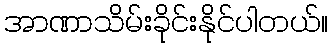
အာဏာသိမ်းခိုင်းနိုင်ပါတယ်။